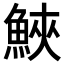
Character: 𩷟